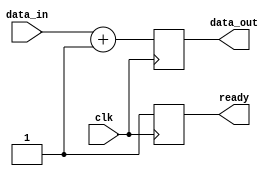
module IO_Buffer (
    input wire clk,
    input wire [7:0] data_in,
    output reg [7:0] data_out,
    output reg ready
);

always @(posedge clk) begin
    // Perform data processing here
    // You can add control signals and data buses as needed
    
    // Example: Data processing for data_out
    data_out <= data_in + 1;
    
    // Example: Control signal ready
    ready <= 1;
end

endmodule